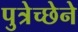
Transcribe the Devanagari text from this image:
पुत्रेच्छेने